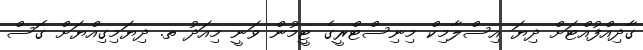
ގާދިއްފުއްޓަށް ދިޔަ އިސްލާމިކް މިނިސްޓްރީގެ ޓީމުން ވަނީ މިއަދު ތ. ދިޔަމިގިއްޔަށް ގޮސް